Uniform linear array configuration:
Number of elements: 48
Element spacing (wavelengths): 1
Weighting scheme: exponential
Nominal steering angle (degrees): -15
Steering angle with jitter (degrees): -16.361
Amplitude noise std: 0.05
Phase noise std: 0.05

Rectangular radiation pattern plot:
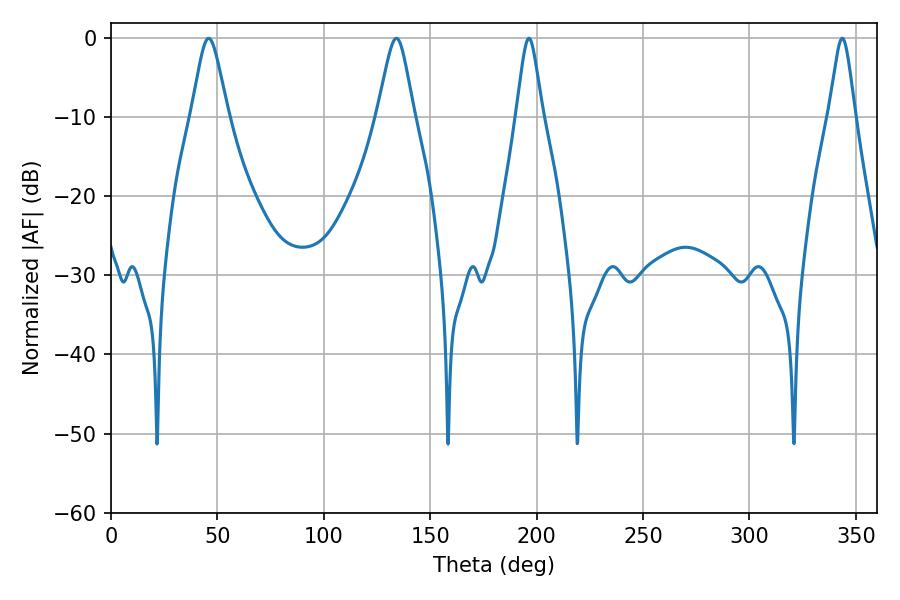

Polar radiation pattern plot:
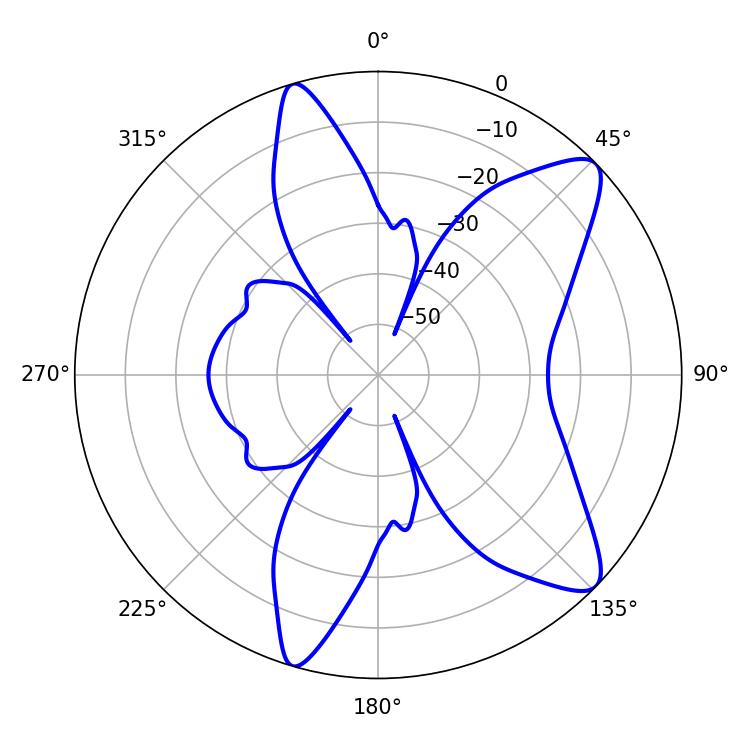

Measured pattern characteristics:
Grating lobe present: TRUE
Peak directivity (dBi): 10.362
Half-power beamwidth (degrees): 5.94
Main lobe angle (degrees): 196.38